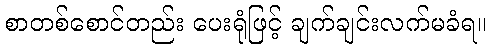
စာတစ်စောင်တည်း ပေးရုံဖြင့် ချက်ချင်းလက်မခံရ။